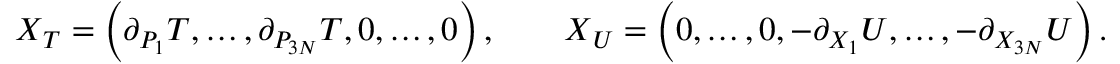
\begin{array} { r } { \ensuremath { \boldsymbol { X } } _ { T } = \left( \partial _ { P _ { 1 } } T , \ldots , \partial _ { P _ { 3 N } } T , 0 , \ldots , 0 \right) , \qquad \ensuremath { \boldsymbol { X } } _ { U } = \left( 0 , \ldots , 0 , - \partial _ { X _ { 1 } } U , \ldots , - \partial _ { X _ { 3 N } } U \right) . } \end{array}